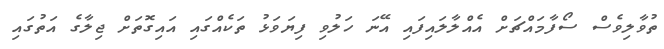
ތުވާލިވެސް ސޯފާމައްޗަށް އެއްލާލައިފައި އޭނަ ހަލުވި ފިޔަވަޅު ތަކެއްގައި އައިގޮތަށް ޖިލާގެ އަތުގައި